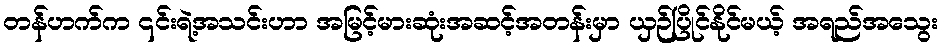
တန်ဟက်က ၎င်းရဲ့အသင်းဟာ အမြင့်မားဆုံးအဆင့်အတန်းမှာ ယှဉ်ပြိုင်နိုင်မယ့် အရည်အသွေး